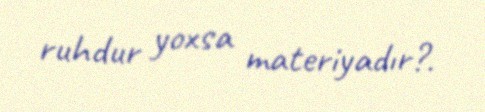
ruhdur yoxsa materiyadır?.